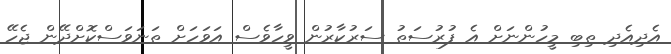
އެދިއެދި ތިބި މީހުންނަށް އެ ފުރުސަތު ސަރުކާރުން ވީހާވެސް އަވަހަށް ތަނަވަސްކޮށްދޭން ޖެހޭ